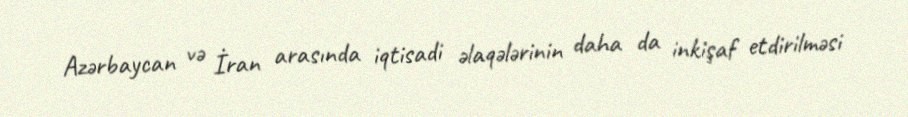
Azərbaycan və İran arasında iqtisadi əlaqələrinin daha da inkişaf etdirilməsi